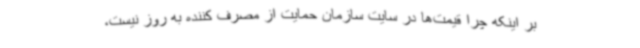
بر اینکه چرا قیمت‌ها در سایت سازمان حمایت از مصرف کننده به روز نیست،